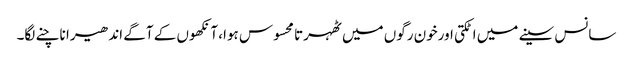
سانس سینے میں اٹکتی اورخون رگوں میں ٹھہرتا محسوس ہوا، آنکھوں کے آگے اندھیرا ناچنے لگا۔